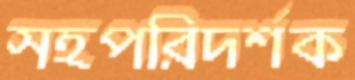
সহপরিদর্শক